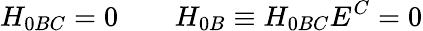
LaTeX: H_{0BC}=0\qquad H_{0B}\equiv H_{0BC}E^{C}=0